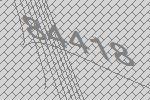
84418